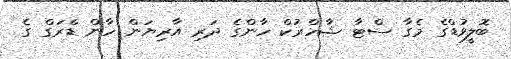
ބޮލީވުޑްގެ މެގާ ސްޓާ ޝާހްރުކް ހާންގެ ދަރި އާރިޔަން ހާން ޑްރަގް ގެ